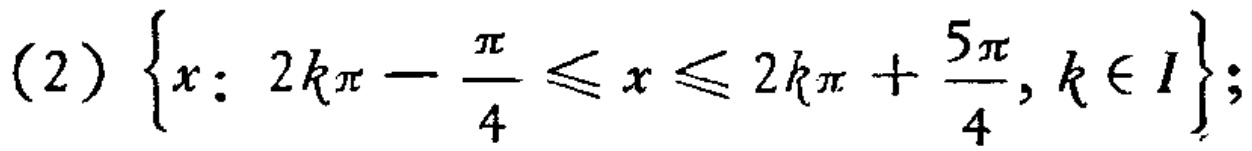
(2) \(\{x: 2k\pi - \frac{\pi}{4} \leq x \leq 2k\pi + \frac{5\pi}{4}, k \in I\}\);